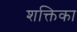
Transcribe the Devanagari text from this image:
शक्तिका